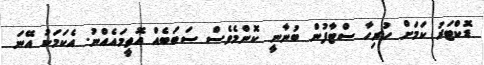
ޑޮކްޓަރު ކަމަށް ހުރިހާ ސްޓާފުން ބުނާނީ ކޮންމެވެސް ސަބަބެއް އޮތީމައެއްނު. އެކަމަކު އޭނަ